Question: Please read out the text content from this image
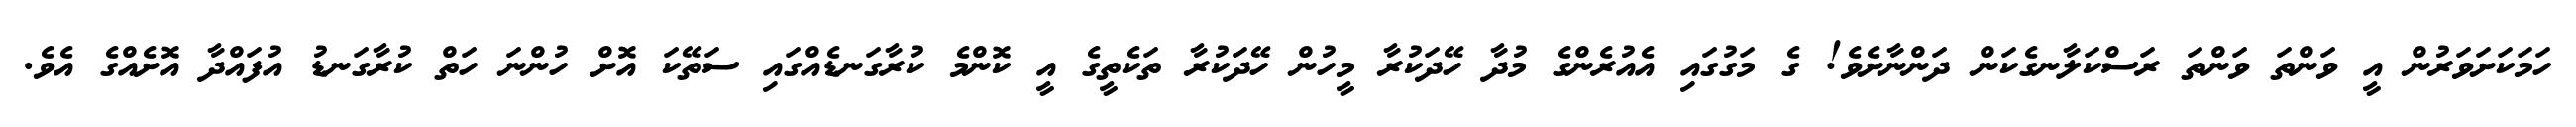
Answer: ހަމަކަށަވަރުން އީ ވަންތަ ވަންތަ ރަސްކަލާނގެކަން ދަންނާށެވެ! ގެ މަގުގައި އެއުރެންގެ މުދާ ހޭދަކުރާ މީހުން ހޭދަކުރާ ތަކެތީގެ އީ ކޮންމެ ކުރާގަނޑެއްގައި ސަތޭކަ އޮށް ހުންނަ ހަތް ކުރާގަނޑު އުފައްދާ އޮށެއްގެ އެވެ.